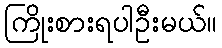
ကြိုးစားရပါဦးမယ်။